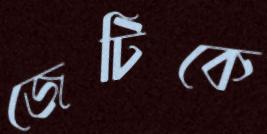
জেটিকে